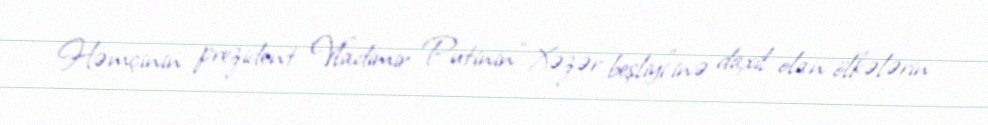
Həmçinin prezident Vladimir Putinin “Xəzər beşliyi”inə daxil olan ölkələrin